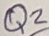
Text: Q2